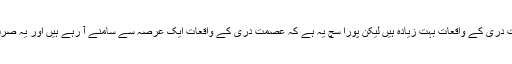
اس کی یہ بات تو ٹھیک تھی کہ عصمت دری کے واقعات بہت زیادہ ہیں لیکن پورا سچ یہ ہے کہ عصمت دری کے واقعات ایک عرصہ سے سامنے آ رہے ہیں اور یہ صرف موجودہ زمانے تک محدود نہیں ہے۔